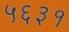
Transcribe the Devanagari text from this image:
५६३१